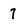
Character: 7